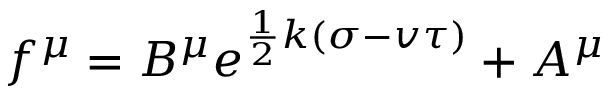
f ^ { \mu } = B ^ { \mu } e ^ { \frac { 1 } { 2 } k ( \sigma - v \tau ) } + A ^ { \mu }